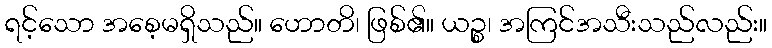
ရင့်သော အစေ့မရှိသည်။ ဟောတိ၊ ဖြစ်၏။ ယဉ္စ၊ အကြင်အသီးသည်လည်း။